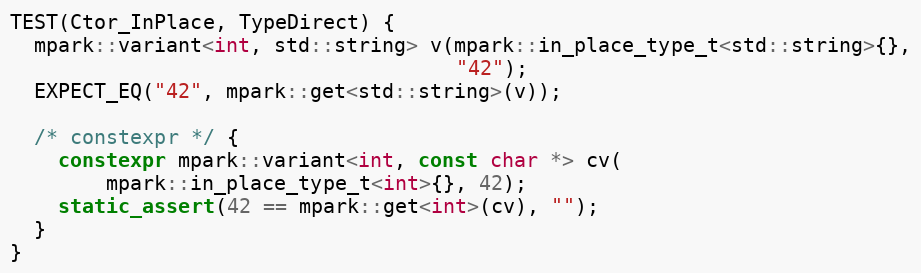
Language: C++
TEST(Ctor_InPlace, TypeDirect) {
  mpark::variant<int, std::string> v(mpark::in_place_type_t<std::string>{},
                                     "42");
  EXPECT_EQ("42", mpark::get<std::string>(v));

  /* constexpr */ {
    constexpr mpark::variant<int, const char *> cv(
        mpark::in_place_type_t<int>{}, 42);
    static_assert(42 == mpark::get<int>(cv), "");
  }
}